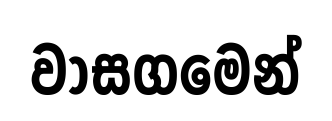
වාසගමෙන්